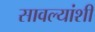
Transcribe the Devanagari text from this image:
सावल्यांशी